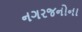
નગરજનોના